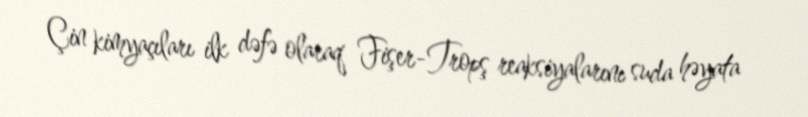
Çin kimyaçıları ilk dəfə olaraq Fişer-Tropş reaksiyalarını suda həyata